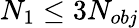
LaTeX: N_{1}\le 3N_{obj}